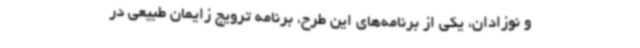
و نوزادان، یکی از برنامه‌های این طرح، برنامه ترویج زایمان طبیعی در